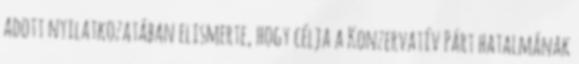
adott nyilatkozatában elismerte, hogy célja a Konzervatív Párt hatalmának